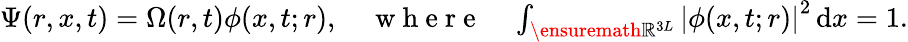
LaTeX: \begin{array}{r}{\Psi(r,x,t)=\Omega(r,t)\phi(x,t;r),\quad\mathrm{~w~h~e~r~e~}\quad\int_{\ensuremath{\mathbb{R}}^{3L}}\left|\phi(x,t;r)\right|^{2}\, \mathrm{d}x=1.}\end{array}